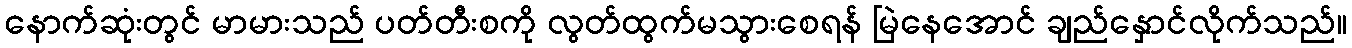
နောက်ဆုံးတွင် မာမားသည် ပတ်တီးစကို လွတ်ထွက်မသွားစေရန် မြဲနေအောင် ချည်နှောင်လိုက်သည်။